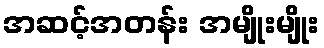
အဆင့်အတန်း အမျိုးမျိုး